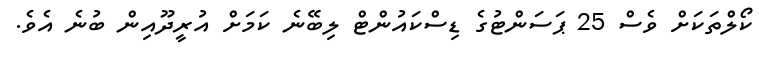
ކޯލްތަކަށް ވެސް 25 ޕަސަންޓުގެ ޑިސްކައުންޓް ލިބޭނެ ކަމަށް އުރީދޫއިން ބުނެ އެވެ.